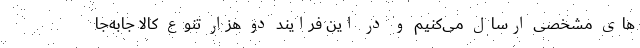
های مشخصی ارسال می‌کنیم و در این فرایند دو هزار تنوع کالا جابه‌جا